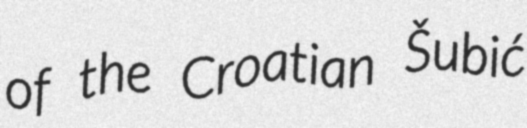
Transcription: of the Croatian Šubić